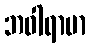
ဘဝါရာမာ